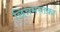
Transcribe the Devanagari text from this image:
छिन्नमस्तका